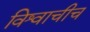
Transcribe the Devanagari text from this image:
विश्वाचीच